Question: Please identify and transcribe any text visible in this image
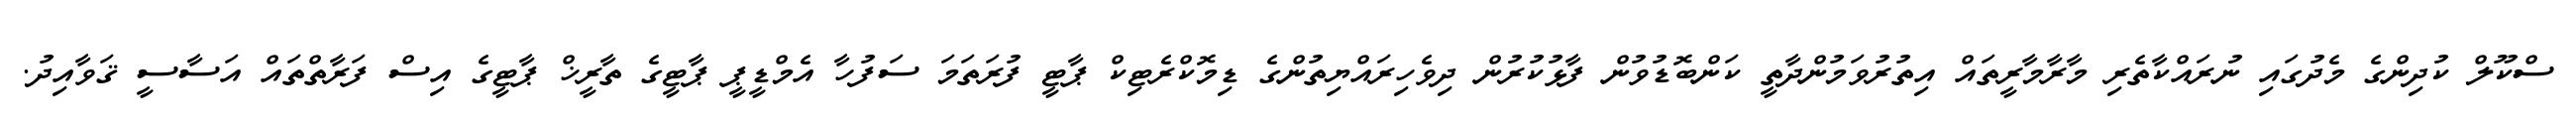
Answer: ސްކޫލް ކުދިންގެ މެދުގައި ނުރައްކާތެރި މާރާމާރީތައް އިތުރުވަމުންދާތީ ކަންބޮޑުވުން ފާޅުކުރުން ދިވެހިރައްޔިތުންގެ ޑިމޮކްރެޓިކް ޕާޓީ ފުރަތަމަ ސަފުހާ އެމްޑީޕީ ޕާޓީގެ ތާރީޚް ޕާޓީގެ އިސް ފަރާތްތައް އަސާސީ ޤަވާއިދު.